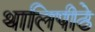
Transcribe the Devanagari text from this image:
थालिपीठे